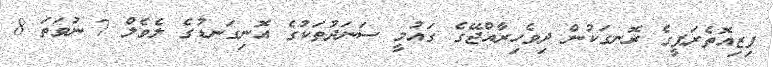
ފިޒިއޮތެރަޕީގެ ރޮނގަކުން ދިވެހިރާއްޖޭގެ ގައުމީ ސަނަދުތަކުގެ އޮނިގަނޑުގެ ލެވެލް 7 ނުވަތަ 8